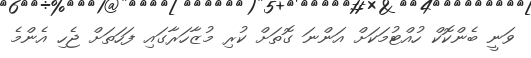
ވަނީ ބެންކޮކް ހުއްޓުމަކަށް އަންނަ ގޮތަށް ކުރި މުޒާހަރާގައި ފަހަތަށް ޖެހި އެންމެ